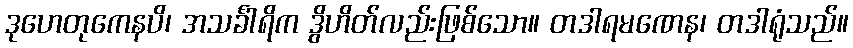
ဒုဟေတုကေနပိ၊ အသင်္ခါရိက ဒွိဟိတ်လည်းဖြစ်သော။ တဒါရမဏေန၊ တဒါရုံသည်။